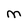
Character: m